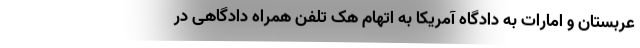
عربستان و امارات به دادگاه آمریکا به اتهام هک تلفن همراه دادگاهی در